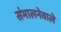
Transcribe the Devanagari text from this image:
संभालनेवाले